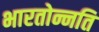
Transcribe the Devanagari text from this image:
भारतोन्नति